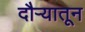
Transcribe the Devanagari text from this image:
दौर्‍यातून